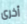
أخرى